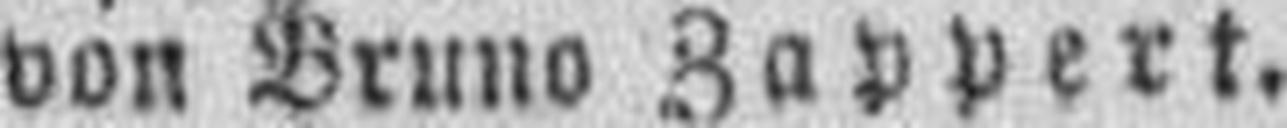
von Bruno Zappert.